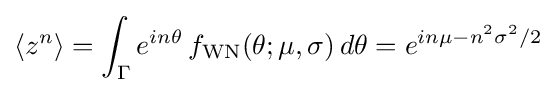
\langle z^{n}\rangle =\int _{\Gamma }e^{in\theta }\,f_{\text{WN}}(\theta ;\mu ,\sigma )\,d\theta =e^{in\mu -n^{2}\sigma ^{2}/2}